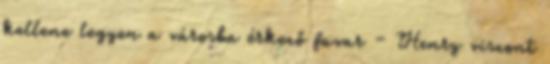
kellene legyen a városba érkező fuvar – Henry viszont